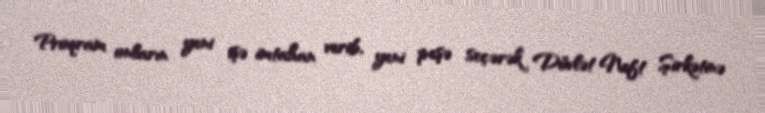
Proqram onların yeni işə imtahan verib, yeni peşə seçərək Dövlət Neft Şirkətinə